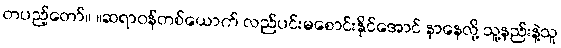
တပည့်တော်။ ။ဆရာဝန်တစ်ယောက် လည်ပင်းမစောင်းနိုင်အောင် နာနေလို့ သူ့နည်းနဲ့သူ